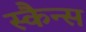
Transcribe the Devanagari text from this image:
स्कैन्स